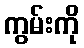
ကွမ်းကို